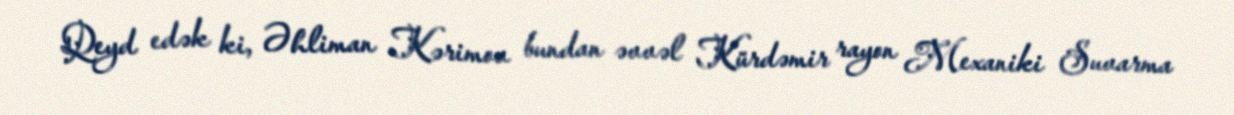
Qeyd edək ki, Əhliman Kərimov bundan əvvəl Kürdəmir rayon Mexaniki Suvarma